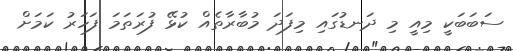
ސަބަބަކީ މިއީ މި ދަނޑުގައި މިފަދަ މުބާރާތެއް ކުޅޭ ފުރަތަަމަ ފަހަރު ކަމަށް